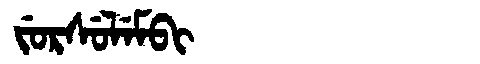
Manchu: ᠵᡠᡵᠰᡠᠯᡝᠮᠪᡳ
Romanization: JURSULEMBI